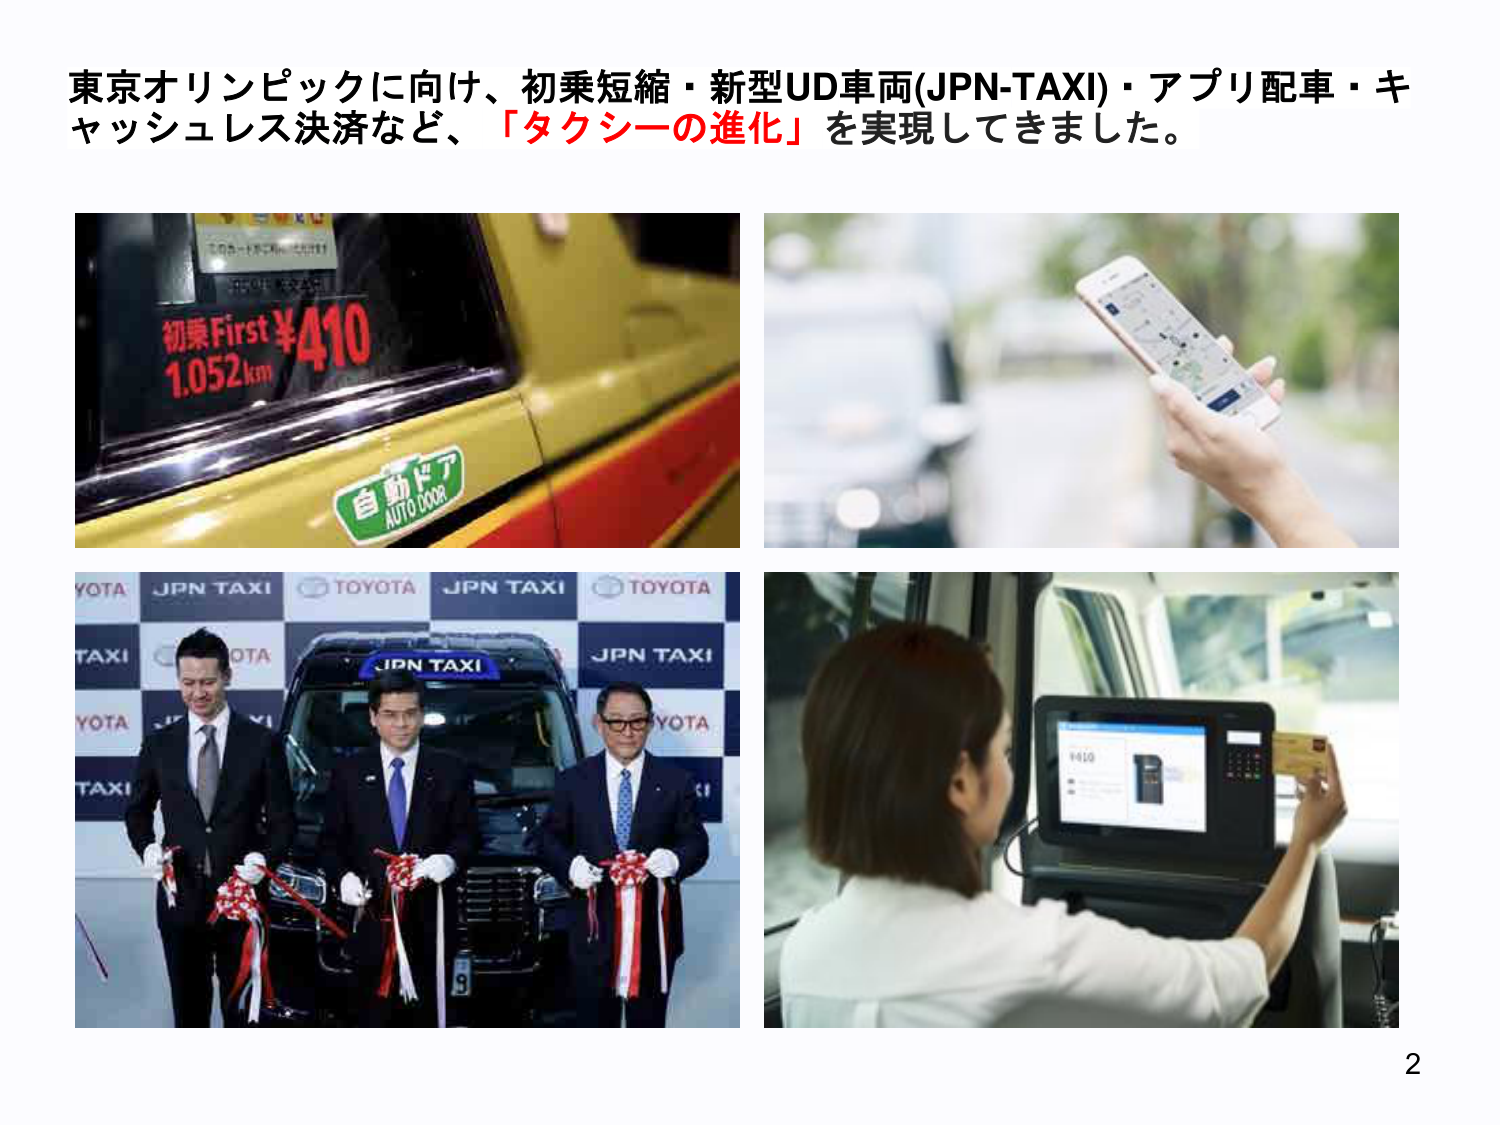
東京オリンピックに向け、初乗短縮・新型UD車両(JPN-TAXI)・アプリ配車・キャッシュレス決済など、「タクシーの進化」を実現してきました。

初乗First ¥410
1.052km
自動ドア
AUTO DOOR

YOTA JPN TAXI TOYOTA JPN TAXI TOYOTA
TAXI OTA JPN TAXI TOYOTA
YOTA TAXI

JPN TAXI

¥410

2